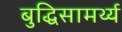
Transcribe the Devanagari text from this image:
बुद्धिसामर्थ्य